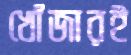
খোঁজারই